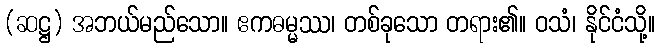
(ဆဋ္ဌ) အဘယ်မည်သော။ ဧကဓမ္မဿ၊ တစ်ခုသော တရား၏။ ဝသံ၊ နိုင်ငံသို့။